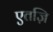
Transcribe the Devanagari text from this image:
एतज़ि